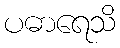
ပဓာရေသိ